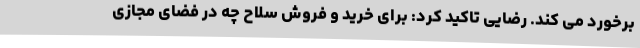
برخورد می کند. رضایی تاکید کرد: برای خرید و فروش سلاح چه در فضای مجازی